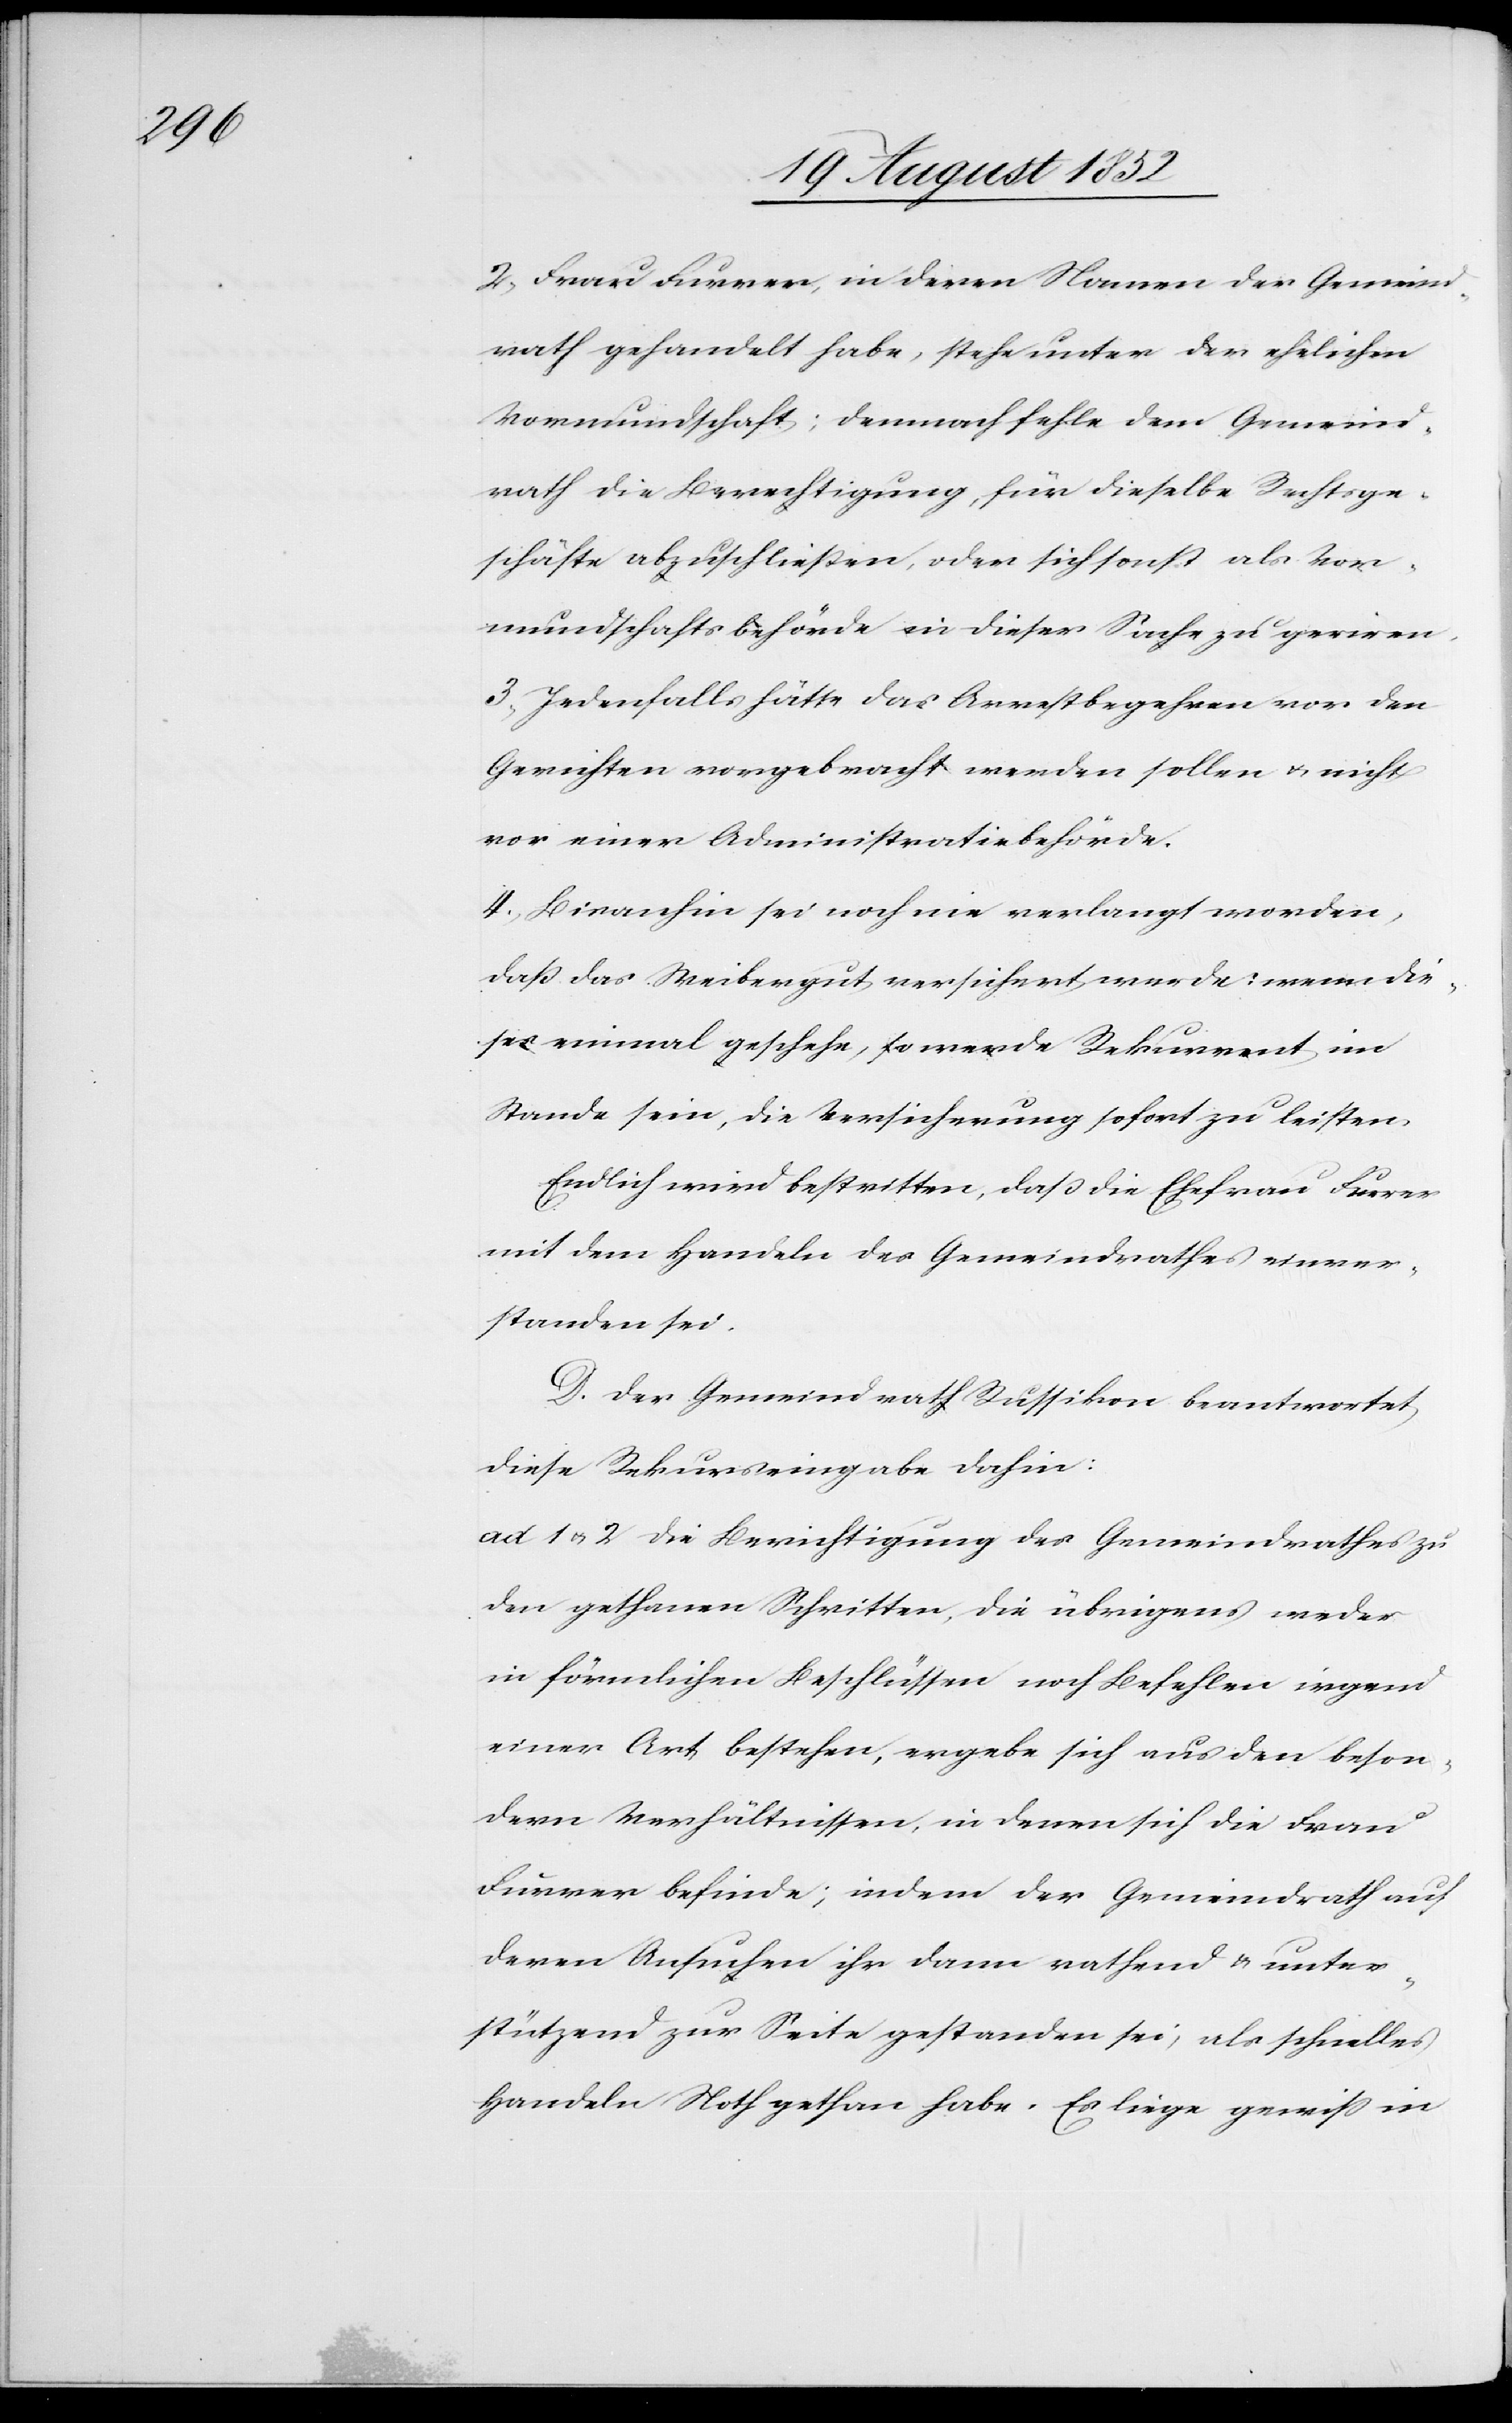
2, Frau Furrer, in deren Namen der Gemeind¬
rath gehandelt habe, stehe unter der ehelichen
Vormundschaft; demnach fehle dem Gemeind¬
rath die Berechtigung, für dieselbe Rechtsge¬
schäfte abzuschließen, oder sich sonst als Vor¬
mundschaftsbehörde in dieser Sache zu geriren.
3, Jedenfalls hätte das Arrestbegehren vor den
Gerichten vorgebracht werden sollen & nicht
vor einer Administrativbehörde.
4, Bisanhin sei noch nie verlangt worden,
daß das Weibergut versichert werde; wenn die¬
ses einmal geschehe, so werde Rekurrent im
Stande sein, die Versicherung sofort zu leisten.
Endlich wird bestritten, daß die Ehefrau Furrer
mit dem Handeln des Gemeindrathes einver¬
standen sei.
D. Der Gemeindrath Russikon beantwortet
diese Rekurseingabe dahin:
ad 1 & 2 Die Berechtigung des Gemeindrathes zu
den gethanen Schritten, die übrigens weder
in förmlichen Beschlüssen noch Befehlen irgend
einer Art bestehen, ergebe sich aus den beson¬
dern Verhältnissen, in denen sich die Frau
Furrer befinde; indem der Gemeindrath auf
deren Ansuchen ihr dann rathend & unter¬
stützend zur Seite gestanden sei, als schnelles
Handeln Noth gethan habe. Es liege gewiss in